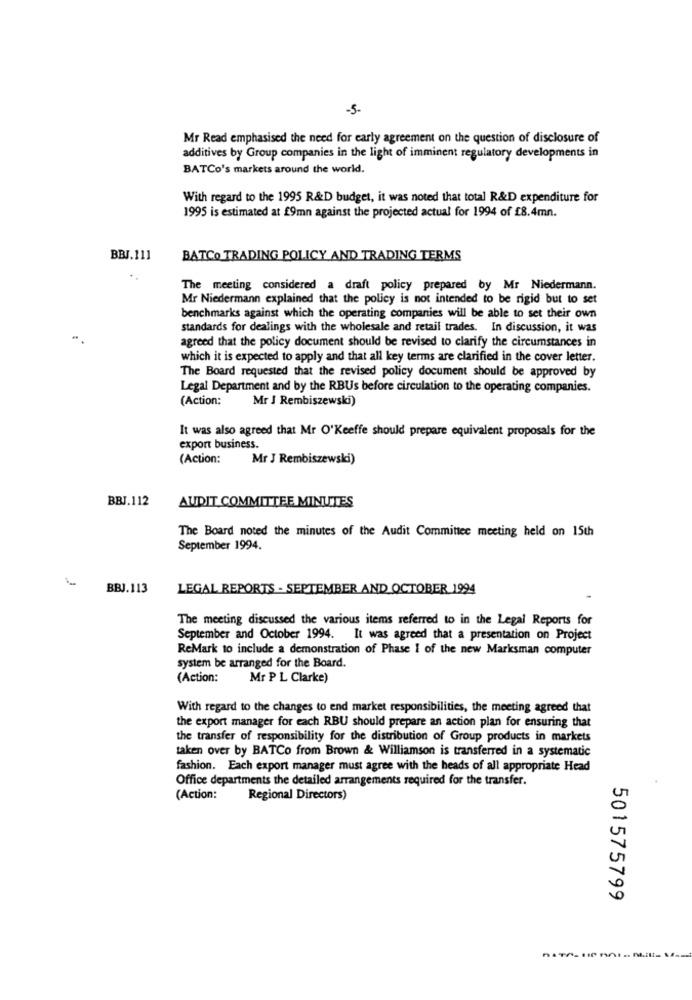
-5-
Mr Read emphasised the need for early agreement on the question of disclosure of
additives by Group companies in the light of imminent regulatory developments in
BATCo's markets around the world.
With regard to the 1995 R&D budget, it was noted that total R&D expenditure for
1995 is estimated at £9mn against the projected actual for 1994 of £8.4mn.
BBJ.111
BATCO TRADING POLICY AND TRADING TERMS
The meeting considered a draft policy prepared by Mr Niedermann.
Mr Niedermann explained that the policy is not intended to be rigid but to set
benchmarks against which the operating companies will be able to set their own
standards for dealings with the wholesale and retail trades. In discussion, it was
agreed that the policy document should be revised to clarify the circumstances in
which it is expected to apply and that all key terms are clarified in the cover letter.
The Board requested that the revised policy document should be approved by
Legal Department and by the RBUs before circulation to the operating companies.
(Action:
Mr J Rembiszewski)
It was also agreed that Mr O'Keeffe should prepare equivalent proposals for the
export business.
(Action:
Mr J Rembiszewski)
BBJ.112
AUDIT COMMITTEE MINUTES
The Board noted the minutes of the Audit Committee meeting held on 15th
September 1994.
BBJ.113
LEGAL REPORTS - SEPTEMBER AND OCTOBER 1994
The meeting discussed the various items referred to in the Legal Reports for
September and October 1994. It was agreed that a presentation on Project
ReMark to include a demonstration of Phase I of the new Marksman computer
system be arranged for the Board.
(Action:
Mr P L Clarke)
With regard to the changes to end market responsibilities, the meeting agreed that
the export manager for each RBU should prepare an action plan for ensuring that
the transfer of responsibility for the distribution of Group products in markets
taken over by BATCo from Brown & Williamson is transferred in a systematic
fashion. Each export manager must agree with the heads of all appropriate Head
Office departments the detailed arrangements required for the transfer.
(Action:
Regional Directors)
501575799